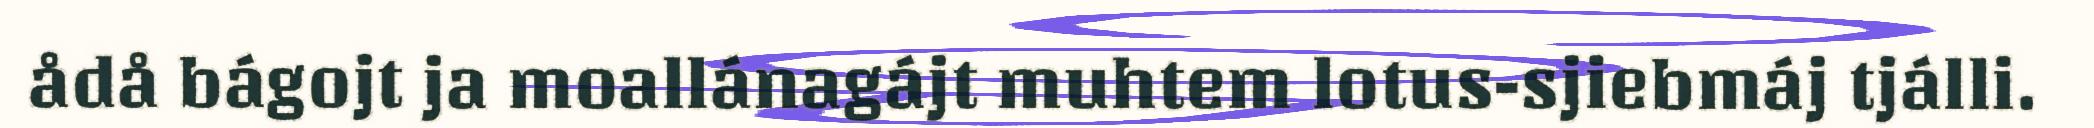
ådå bágojt ja moallánagájt muhtem lotus-sjiebmáj tjálli.